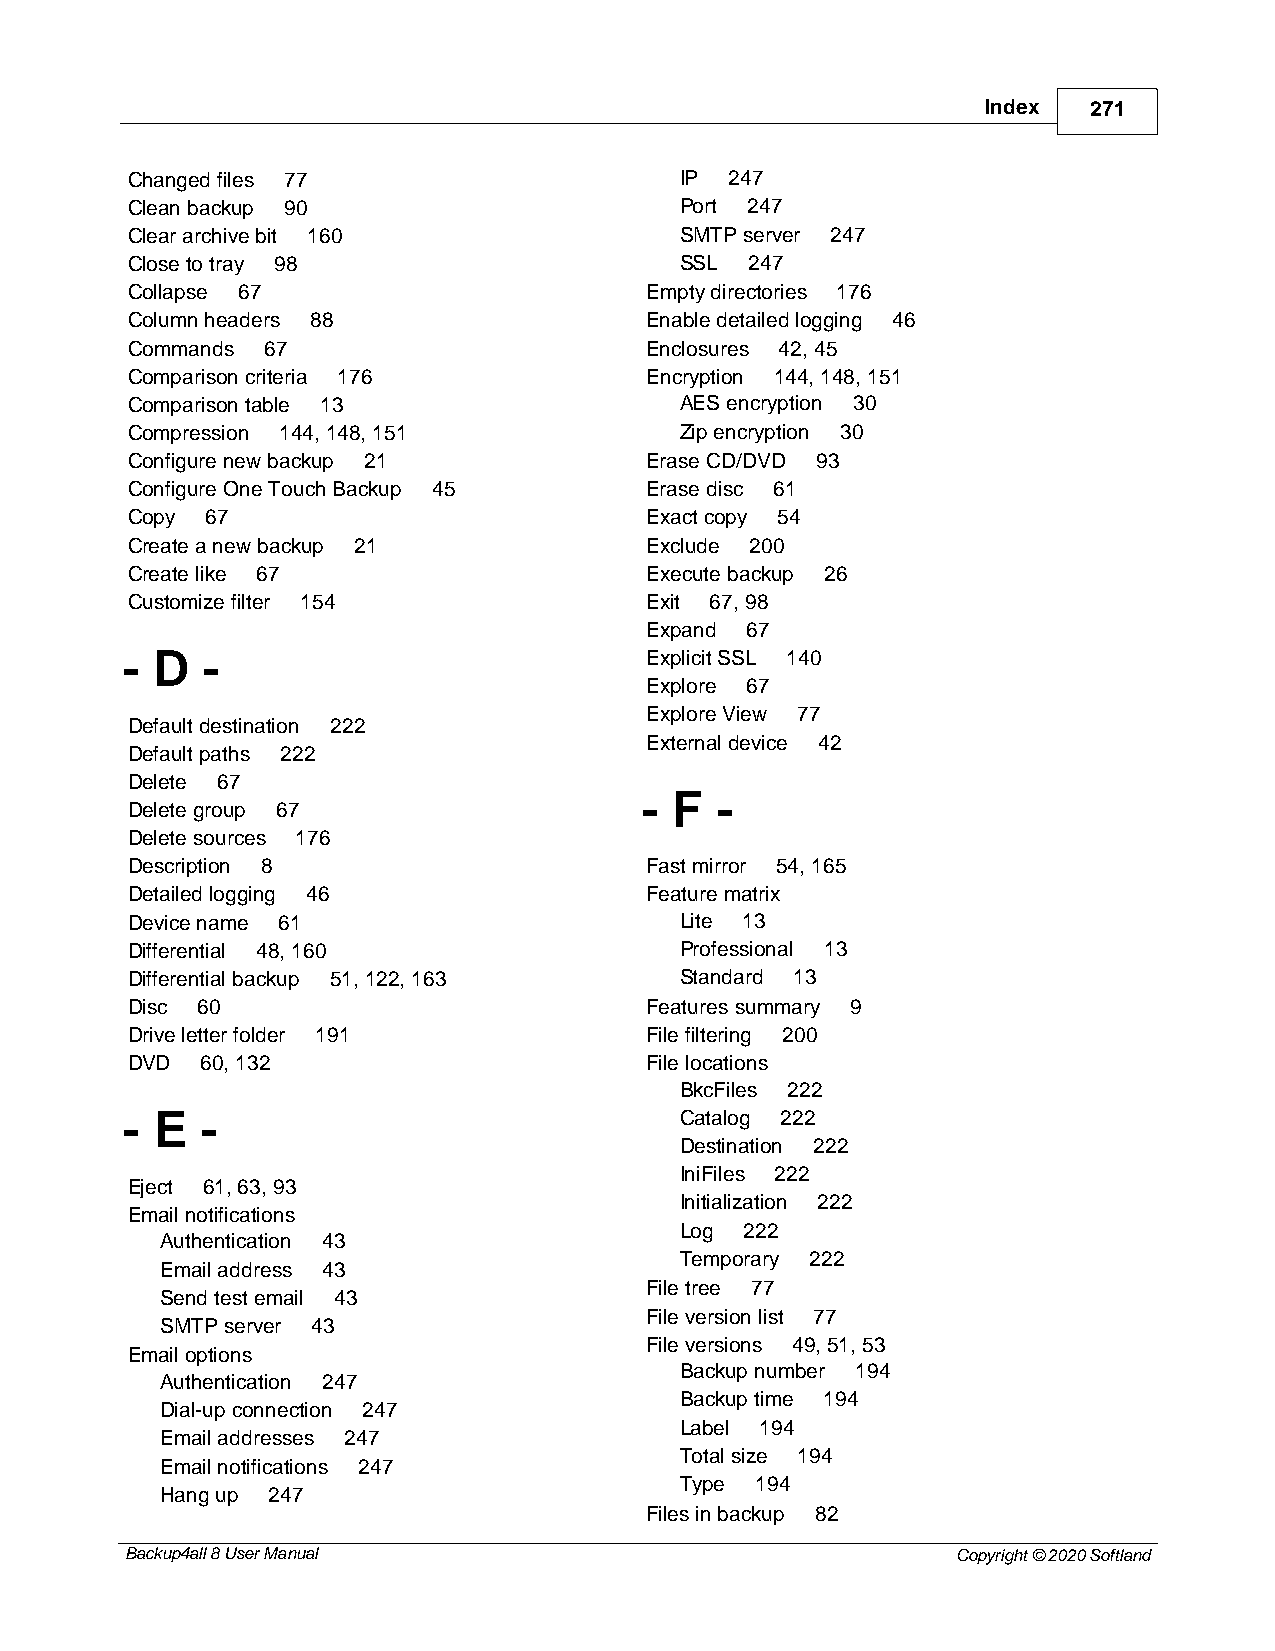
Index  271
 Changed files 77                     IP 247
 Clean backup 90                      Port 247
 Clear archive bit 160                SMTP server 247
 Close to tray 98                     SSL  247
 Collapse 67                        Empty directories 176
 Column headers 88                  Enable detailed logging 46
 Commands 67                        Enclosures 42, 45
 Comparison criteria 176            Encryption 144, 148, 151
 Comparison table 13                  AES encryption 30
 Compression 144, 148, 151            Zip encryption 30
 Configure new backup 21            Erase CD/DVD 93
 Configure One Touch Backup 45      Erase disc 61
 Copy  67                           Exact copy 54
 Create a new backup 21             Exclude 200
 Create like 67                     Execute backup 26
 Customize filter 154               Exit 67, 98
 Expand 67
 - D  -                             Explicit SSL 140
 Explore 67
 Explore View 77
 Default destination 222
 External device 42
 Default paths 222
 Delete 67
 - F -
 Delete group 67
 Delete sources 176
 Description 8                      Fast mirror 54, 165
 Detailed logging 46                Feature matrix
 Device name 61                       Lite 13
 Differential 48, 160                 Professional 13
 Differential backup 51, 122, 163     Standard 13
 Disc 60                            Features summary 9
 Drive letter folder 191            File filtering 200
 DVD  60, 132                       File locations
 BkcFiles 222
 - E  -                               Catalog 222
 Destination 222
 IniFiles 222
 Eject 61, 63, 93
 Initialization 222
 Email notifications
 Log 222
 Authentication 43
 Temporary 222
 Email address 43
 File tree 77
 Send test email 43
 File version list 77
 SMTP server 43
 File versions 49, 51, 53
 Email options
 Backup number 194
 Authentication 247
 Backup time 194
 Dial-up connection 247
 Label 194
 Email addresses 247
 Total size 194
 Email notifications 247
 Type 194
 Hang up 247
 Files in backup 82
 Backup4all 8 User Manual                               Copyright © 2020 Softland